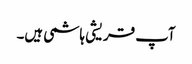
آپ قریشی ہاشمی ہیں۔